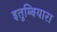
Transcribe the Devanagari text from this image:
इतुम्बियारा